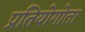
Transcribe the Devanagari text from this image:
प्रतियोगोता